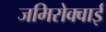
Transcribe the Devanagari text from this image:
जमिरोक्वाई